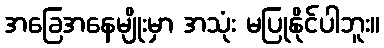
အခြေအနေမျိုးမှာ အသုံး မပြုနိုင်ပါဘူး။